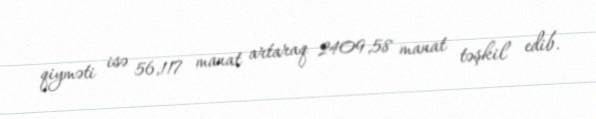
qiyməti isə 56,117 manat artaraq 2409,58 manat təşkil edib.